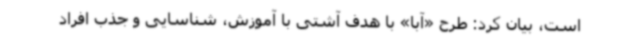
است، بیان کرد: طرح «آبا» با هدف آشتی با آموزش، شناسایی و جذب افراد